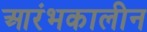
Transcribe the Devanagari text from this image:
आरंभकालीन